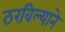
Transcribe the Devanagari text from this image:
ठरविल्याने